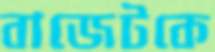
বাজেটকে